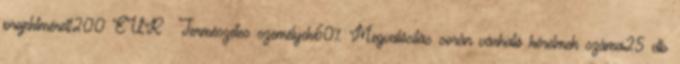
projektméret1200 EUR ▪Természetes személyek60%▪Megvalósítás során várható kérelmek száma25 db